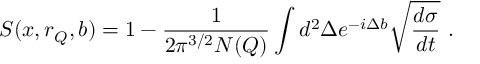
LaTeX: S ( x , r _ { Q } , b ) = 1 - \frac { 1 } { 2 \pi ^ { 3 / 2 } N ( Q ) } \int d ^ { 2 } \Delta e ^ { - i \Delta b } \sqrt { \frac { d \sigma } { d t } } \ .